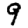
Digit: 9